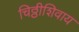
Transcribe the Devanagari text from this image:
चिठ्ठीशिवाय